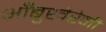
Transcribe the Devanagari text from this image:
आँबुखैरेनी